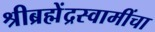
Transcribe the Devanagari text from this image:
श्रीब्रह्मेंद्रस्वामींचा